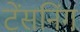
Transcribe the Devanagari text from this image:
टेंसनिंग